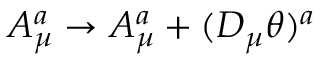
A _ { \mu } ^ { a } \to A _ { \mu } ^ { a } + ( D _ { \mu } \theta ) ^ { a }